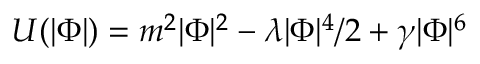
U ( | \Phi | ) = m ^ { 2 } | \Phi | ^ { 2 } - \lambda | \Phi | ^ { 4 } / 2 + \gamma | \Phi | ^ { 6 }